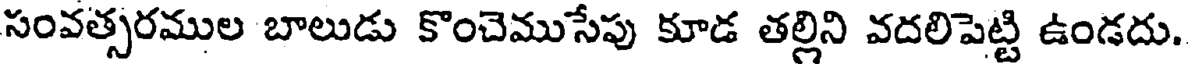
సంవత్సరముల బాలుడు కొంచెముసేపు కూడ తల్లిని వదలిపెట్టి ఉండదు.